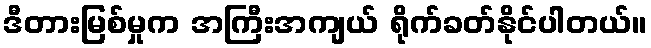
ဒီတားမြစ်မှုက အကြီးအကျယ် ရိုက်ခတ်နိုင်ပါတယ်။